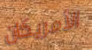
الأمريكان